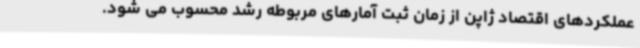
عملکردهای اقتصاد ژاپن از زمان ثبت آمارهای مربوطه رشد محسوب می شود.